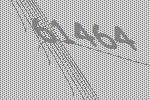
61464